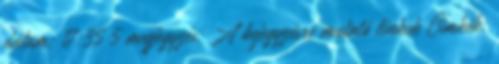
dátum: 17:35 5 megjegyzés: A bejegyzésre mutató linkek Címkék: